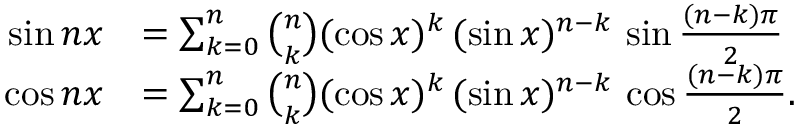
{ \begin{array} { r l } { \sin n x } & { = \sum _ { k = 0 } ^ { n } { \binom { n } { k } } ( \cos x ) ^ { k } \, ( \sin x ) ^ { n - k } \, \sin { \frac { ( n - k ) \pi } { 2 } } } \\ { \cos n x } & { = \sum _ { k = 0 } ^ { n } { \binom { n } { k } } ( \cos x ) ^ { k } \, ( \sin x ) ^ { n - k } \, \cos { \frac { ( n - k ) \pi } { 2 } } . } \end{array} }